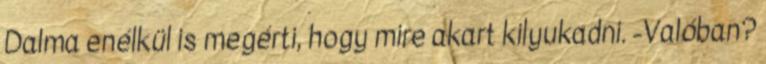
Dalma enélkül is megérti, hogy mire akart kilyukadni. -Valóban?